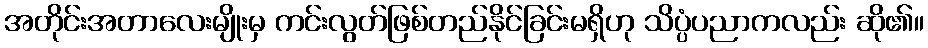
အတိုင်းအတာလေးမျိုးမှ ကင်းလွတ်ဖြစ်တည်နိုင်ခြင်းမရှိဟု သိပ္ပံပညာကလည်း ဆို၏။